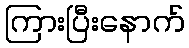
ကြားပြီးနောက်